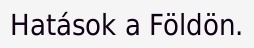
Hatások a Földön.